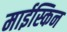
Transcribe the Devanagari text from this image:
माईस्किन